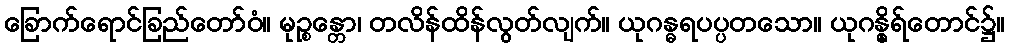
ခြောက်ရောင်ခြည်တော်ဝံ။ မုဉ္စန္တော၊ တလိန်ထိန်လွတ်လျက်။ ယုဂန္ဓရပပ္ပတသော။ ယုဂန္ဓိုရ်တောင်၌။